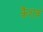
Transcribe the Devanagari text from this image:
कैशवं